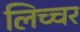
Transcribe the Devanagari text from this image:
लिच्चर